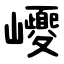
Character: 巎